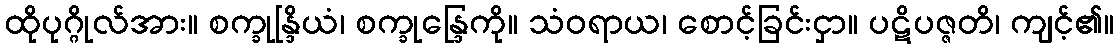
ထိုပုဂ္ဂိုလ်အား။ စက္ခုန္ဒြိယံ၊ စက္ခုန္ဒြေကို။ သံဝရာယ၊ စောင့်ခြင်းငှာ။ ပဋိပဇ္ဇတိ၊ ကျင့်၏။